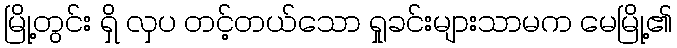
မြို့တွင်း ရှိ လှပ တင့်တယ်သော ရှုခင်းများသာမက မေမြို့၏